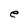
Character: e